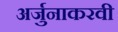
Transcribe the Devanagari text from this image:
अर्जुनाकरवी